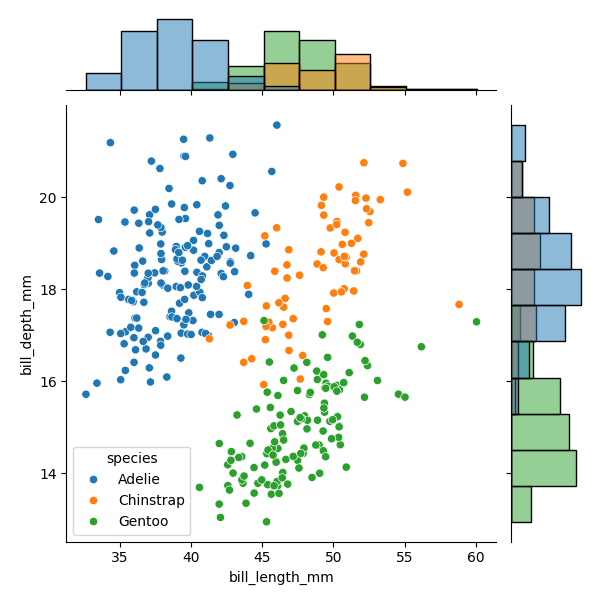
python, seaborn, JointGrid, scatterplot, histplot, hue